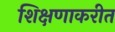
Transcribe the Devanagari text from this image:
शिक्षणाकरीत